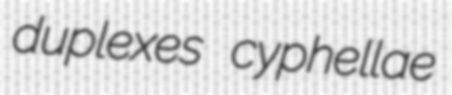
duplexes cyphellae